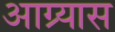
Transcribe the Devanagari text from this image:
आग्र्यास